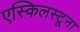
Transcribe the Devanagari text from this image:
एस्किलस्टूना